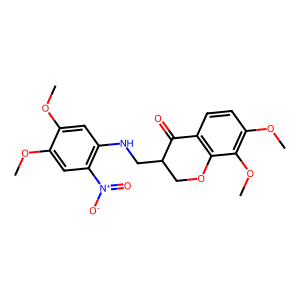
SMILES: COc1cc(NCC2COc3c(ccc(OC)c3OC)C2=O)c([N+](=O)[O-])cc1OC
Inhibits HIV replication: No